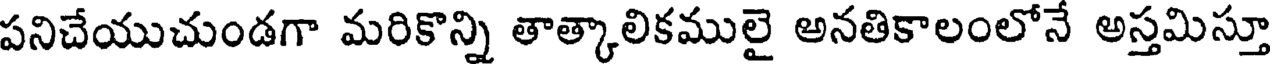
పనిచేయుచుండగా మరికొన్ని తాత్కాలికములై అనతికాలంలోనే అస్తమిస్తూ